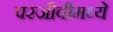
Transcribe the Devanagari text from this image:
परजीवीमध्ये